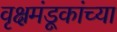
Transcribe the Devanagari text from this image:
वृक्षमंडूकांच्या